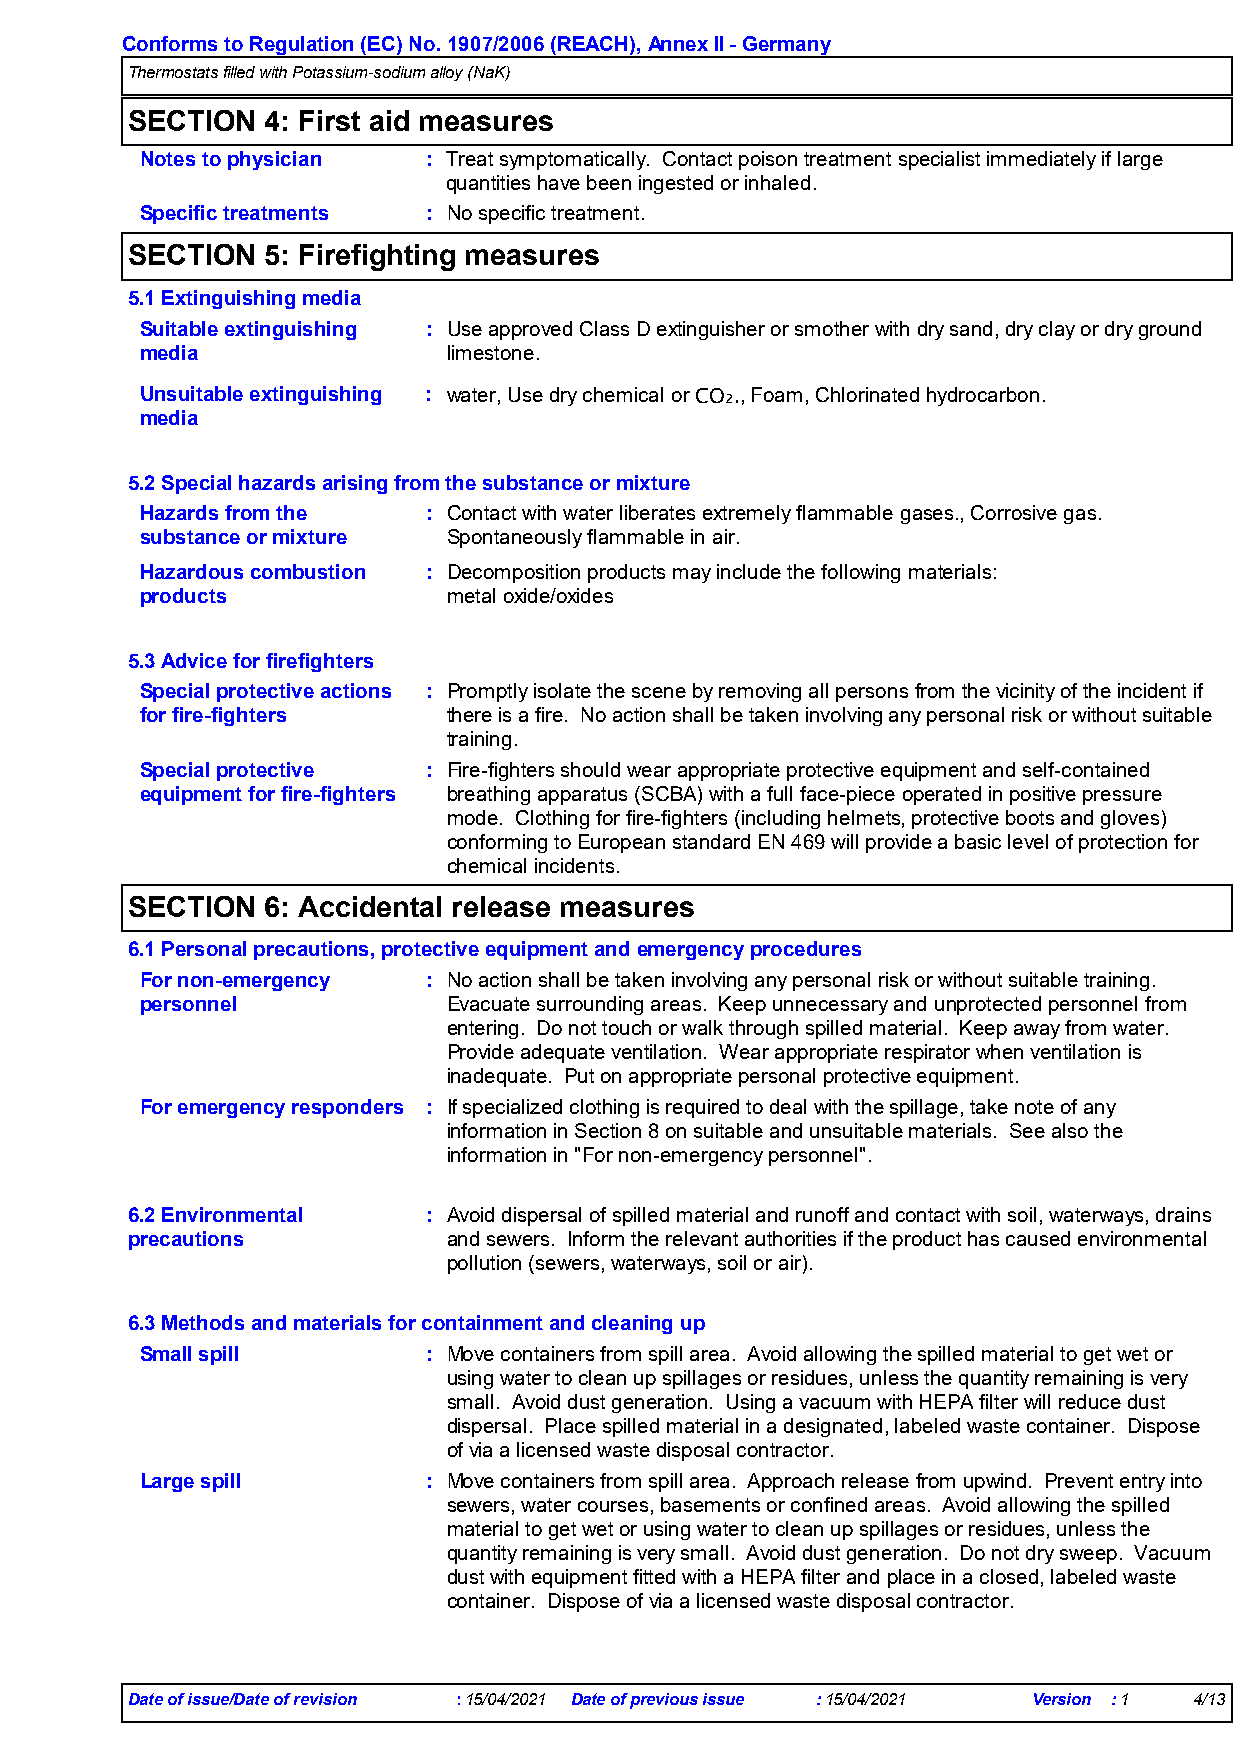
Conforms to Regulation (EC) No. 1907/2006 (REACH), Annex II - Germany
 Thermostats filled with Potassium-sodium alloy (NaK)
 SECTION   4: First aid measures
 Notes to physician : Treat symptomatically. Contact poison treatment specialist immediately if large
 quantities have been ingested or inhaled.
 Specific treatments : No specific treatment.
 SECTION   5: Firefighting measures
 5.1 Extinguishing media
 Suitable extinguishing : Use approved Class D extinguisher or smother with dry sand, dry clay or dry ground
 media                limestone.
 Unsuitable extinguishing : water, Use dry chemical or CO₂., Foam, Chlorinated hydrocarbon.
 media
 5.2 Special hazards arising from the substance or mixture
 Hazards from the   : Contact with water liberates extremely flammable gases., Corrosive gas.
 substance or mixture Spontaneously flammable in air.
 Hazardous combustion : Decomposition products may include the following materials:
 products             metal oxide/oxides
 5.3 Advice for firefighters
 Special protective actions : Promptly isolate the scene by removing all persons from the vicinity of the incident if
 for fire-fighters    there is a fire. No action shall be taken involving any personal risk or without suitable
 training.
 Special protective : Fire-fighters should wear appropriate protective equipment and self-contained
 equipment for fire-fighters breathing apparatus (SCBA) with a full face-piece operated in positive pressure
 mode. Clothing for fire-fighters (including helmets, protective boots and gloves)
 conforming to European standard EN 469 will provide a basic level of protection for
 chemical incidents.
 SECTION   6: Accidental release measures
 6.1 Personal precautions, protective equipment and emergency procedures
 For non-emergency  : No action shall be taken involving any personal risk or without suitable training.
 personnel            Evacuate surrounding areas. Keep unnecessary and unprotected personnel from
 entering. Do not touch or walk through spilled material. Keep away from water.
 Provide adequate ventilation. Wear appropriate respirator when ventilation is
 inadequate. Put on appropriate personal protective equipment.
 For emergency responders : If specialized clothing is required to deal with the spillage, take note of any
 information in Section 8 on suitable and unsuitable materials. See also the
 information in "For non-emergency personnel".
 6.2 Environmental   : Avoid dispersal of spilled material and runoff and contact with soil, waterways, drains
 precautions           and sewers. Inform the relevant authorities if the product has caused environmental
 pollution (sewers, waterways, soil or air).
 6.3 Methods and materials for containment and cleaning up
 Small spill        : Move containers from spill area. Avoid allowing the spilled material to get wet or
 using water to clean up spillages or residues, unless the quantity remaining is very
 small. Avoid dust generation. Using a vacuum with HEPA filter will reduce dust
 dispersal. Place spilled material in a designated, labeled waste container. Dispose
 of via a licensed waste disposal contractor.
 Large spill        : Move containers from spill area. Approach release from upwind. Prevent entry into
 sewers, water courses, basements or confined areas. Avoid allowing the spilled
 material to get wet or using water to clean up spillages or residues, unless the
 quantity remaining is very small. Avoid dust generation. Do not dry sweep. Vacuum
 dust with equipment fitted with a HEPA filter and place in a closed, labeled waste
 container. Dispose of via a licensed waste disposal contractor.
 Date of issue/Date of revision :15/04/2021 Date of previous issue :15/04/2021 Version :1 4/13